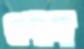
শোদ